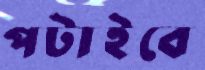
পটাইবে